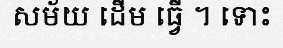
សម័យ ដើម ធ្វើ ។ ទោះ